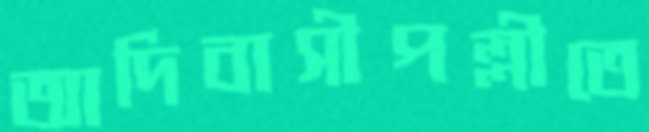
আদিবাসীপল্লীতে